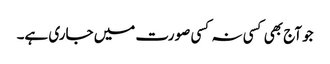
جو آج بھی کسی نہ کسی صورت میں جاری ہے۔